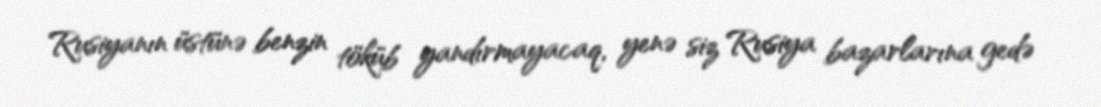
Rusiyanın üstünə benzin töküb yandırmayacaq, yenə siz Rusiya bazarlarına gedə